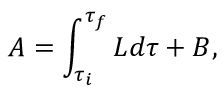
A = \int _ { \tau _ { i } } ^ { \tau _ { f } } L d \tau + B ,